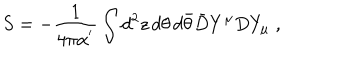
S = - \frac { 1 } { 4 \pi \alpha ^ { ' } } \int d ^ { 2 } z \, d \theta \, d \bar { \theta } \bar { D } Y ^ { \mu } D Y _ { \mu } \; ,